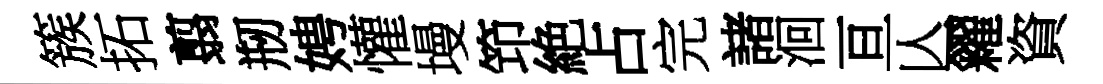
簇拓翦剏娉懽墁笻絶占完諸洄亘亾糴資